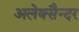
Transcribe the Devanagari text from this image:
अलेक्सैन्दर